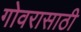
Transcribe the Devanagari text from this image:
गोवरासाठी